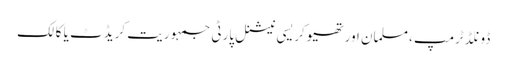
ڈونلڈ ٹرمپ ،مسلمان اور تھیوکریسی نیشنل پارٹی جمہوریت کریڈٹ یا کالک